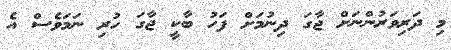
މި ދަރިވަރުންނަށް ޖާގަ ދިނުމަށް ފަހު ބާކީ ޖާގަ ހުރި ނަމަވެސް އެ